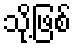
သို့ဖြစ်